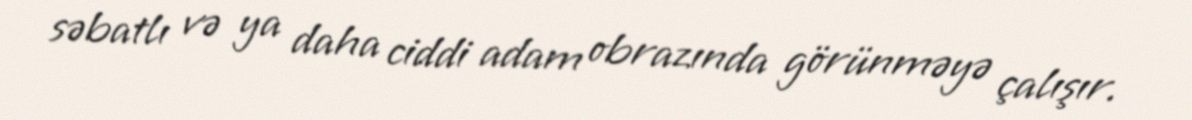
səbatlı və ya daha ciddi adam obrazında görünməyə çalışır.